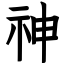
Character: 神